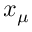
x _ { \mu }